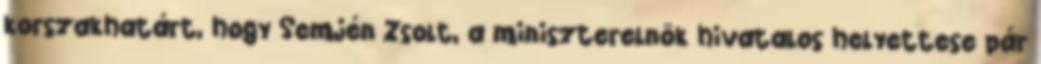
korszakhatárt, hogy Semjén Zsolt, a miniszterelnök hivatalos helyettese pár